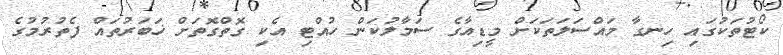
ކޯޓުތަކުގައި ހިނގާ މައްސަލަތަކަށް މީޑިއާގެ ސަމާލުކަން ހުއްޓި އެކި ގޮތްގޮތަށް ޚަބަރުތައް ފެތުރުމުގެ